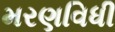
મરણવિધી